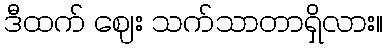
ဒီထက် ဈေး သက်သာတာရှိလား။